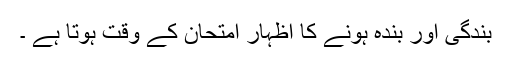
بندگی اور بندہ ہونے کا اظہار امتحان کے وقت ہوتا ہے ۔